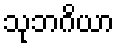
သုဘဂိယာ